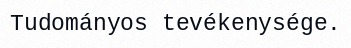
Tudományos tevékenysége.